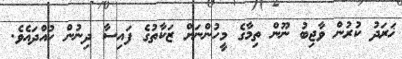
ޚަރަދު ކުރުން ވާޖިބު ނޫން ތިމާގެ މީހުންނަށް ޒަކާތުގެ ފައިސާ ދިނުން ހުއްދައެވެ.